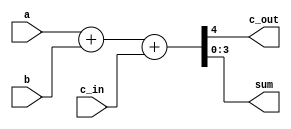
// This is test for verilog 
 module adder_4bit 
 (
  input [3:0] a , 
  input [3:0] b, 
  input c_in ,
  output reg  c_out ,
  output reg [3:0] sum
 ) ;

 always @ (a , b , c_in) begin 
   {c_out,sum} = a + b +c_in;
end 
endmodule